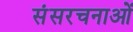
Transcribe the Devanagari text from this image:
संसरचनाओं